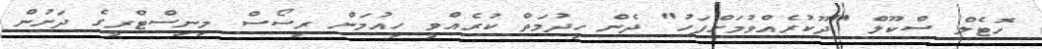
ހޮޓެލް ސްކޫލް "ދޫކުރެއްވުމަށްފަހު" ދެން ހިދުމަތް ކުރެއްވީ ހިއުމަން ރިސޯސް މިނިސްޓްރީގެ ދަށުން